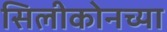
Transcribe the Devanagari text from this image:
सिलीकोनच्या